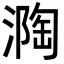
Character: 𭲏